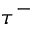
\tau ^ { - }